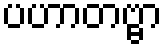
ပဟာတဗ္ဗာ